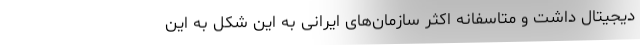
دیجیتال داشت و متاسفانه اکثر سازمان‌های ایرانی به این شکل به این